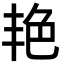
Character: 艳